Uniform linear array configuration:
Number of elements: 16
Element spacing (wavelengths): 1
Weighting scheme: hann
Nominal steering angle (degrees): -30
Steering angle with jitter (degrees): -30.448
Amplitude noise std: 0.05
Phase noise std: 0.05

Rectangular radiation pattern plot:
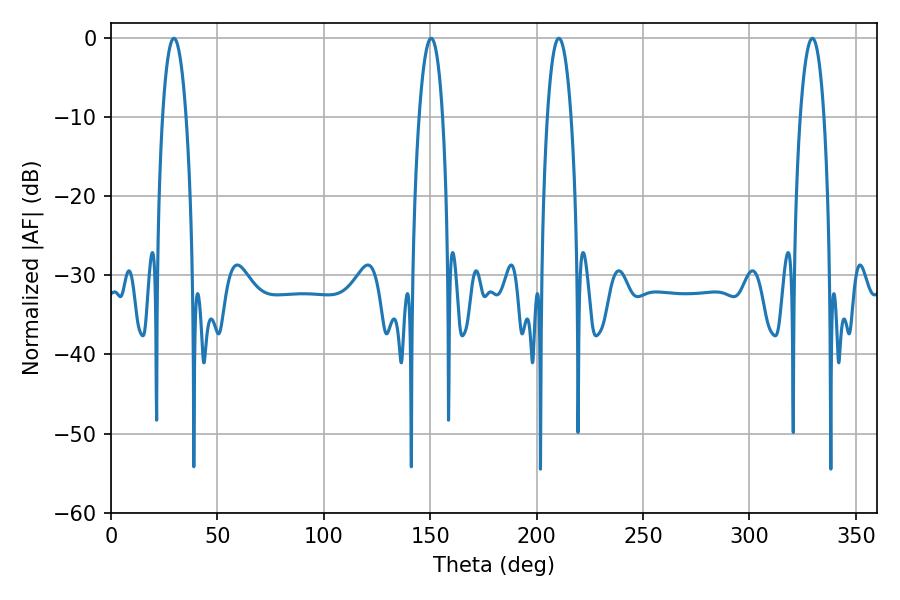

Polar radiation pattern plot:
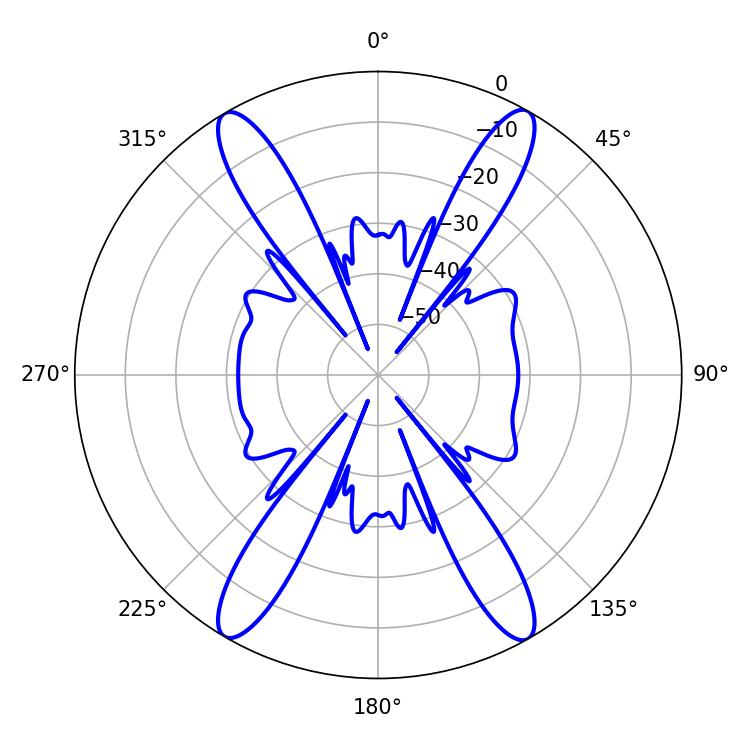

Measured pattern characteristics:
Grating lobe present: TRUE
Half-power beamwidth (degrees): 6.3
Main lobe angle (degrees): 210.42